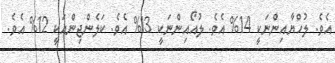
އެވެ. ލުހްޔާއިންނަކީ 14% އެވެ. ލުއޯއިިންނަކީ 13% އެވެ. ކަލެންޖިންއަކީ 12% އެވެ.